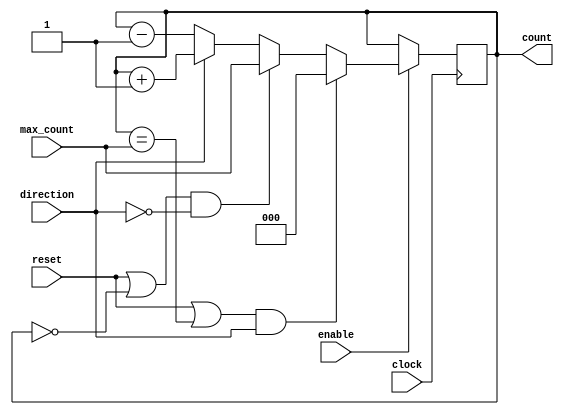
module counter (
	input clock,
	input [2:0] max_count,
	input enable,
	input reset,
	input direction,
	output reg [2:0] count
);

reg [2:0] countNext = 3'b000;

always @* begin
	count = countNext;
end

always @(posedge clock) begin
	if(enable)
		begin
			if((reset || countNext == max_count) && direction)
				countNext = 3'b000;
			else if((reset || countNext == 3'b000) && !direction)
				countNext = max_count;
			else if(direction)
				countNext = countNext + 1'b1;
			else if(!direction)
				countNext = countNext - 1'b1;
		end
end

endmodule